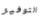
التوفير